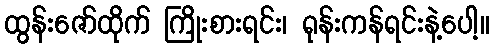
ထွန်းဇော်ထိုက် ကြိုးစားရင်း၊ ရုန်းကန်ရင်းနဲ့ပေါ့။